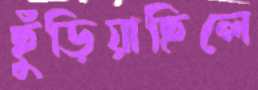
ছুঁড়িয়াছিলে